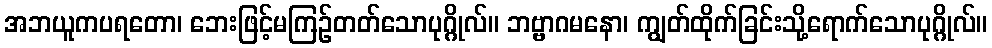
အဘယူကပရတော၊ ဘေးဖြင့်မကြဉ်တတ်သောပုဂ္ဂိုလ်။ ဘဗ္ဗာဂမနော၊ ကျွတ်ထိုက်ခြင်းသို့ရောက်သောပုဂ္ဂိုလ်။